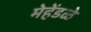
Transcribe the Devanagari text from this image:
मेहेंडळे